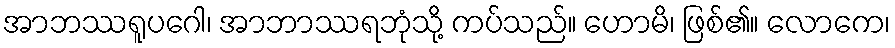
အာဘဿရူပဂေါ၊ အာဘာဿရဘုံသို့ ကပ်သည်။ ဟောမိ၊ ဖြစ်၏။ လောကေ၊